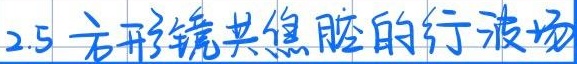
2.5 方形镜共焦腔的行波场